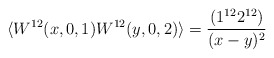
\begin{align*} \langle W^{12}(x,0,1) W^{12}(y,0,2)\rangle = \frac{(1^{12}2^{12})}{ (x-y)^2}\end{align*}